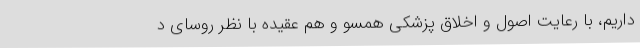
داریم، با رعایت اصول و اخلاق پزشکی همسو و هم عقیده با نظر روسای د